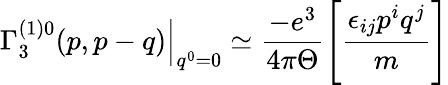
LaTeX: \left.\Gamma_{3}^{(1)0}(p,p-q)\right|_{q^{0}=0}\simeq\frac{-e^{3}}{4\pi\Theta}\left[\frac{\epsilon_{ij}p^{i}q^{j}}m\right]